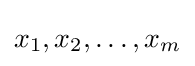
x_{1},x_{2},\ldots ,x_{m}